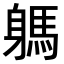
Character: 𨉸